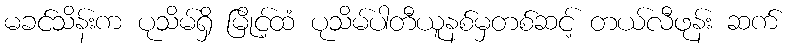
မခင်သိန်းက ပုသိမ်ရှိ မြိုင့်ထံ ပုသိမ်ပါတီယူနစ်မှတစ်ဆင့် တယ်လီဖုန်း ဆက်